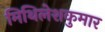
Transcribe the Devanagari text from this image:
मिथिलेशकुमार